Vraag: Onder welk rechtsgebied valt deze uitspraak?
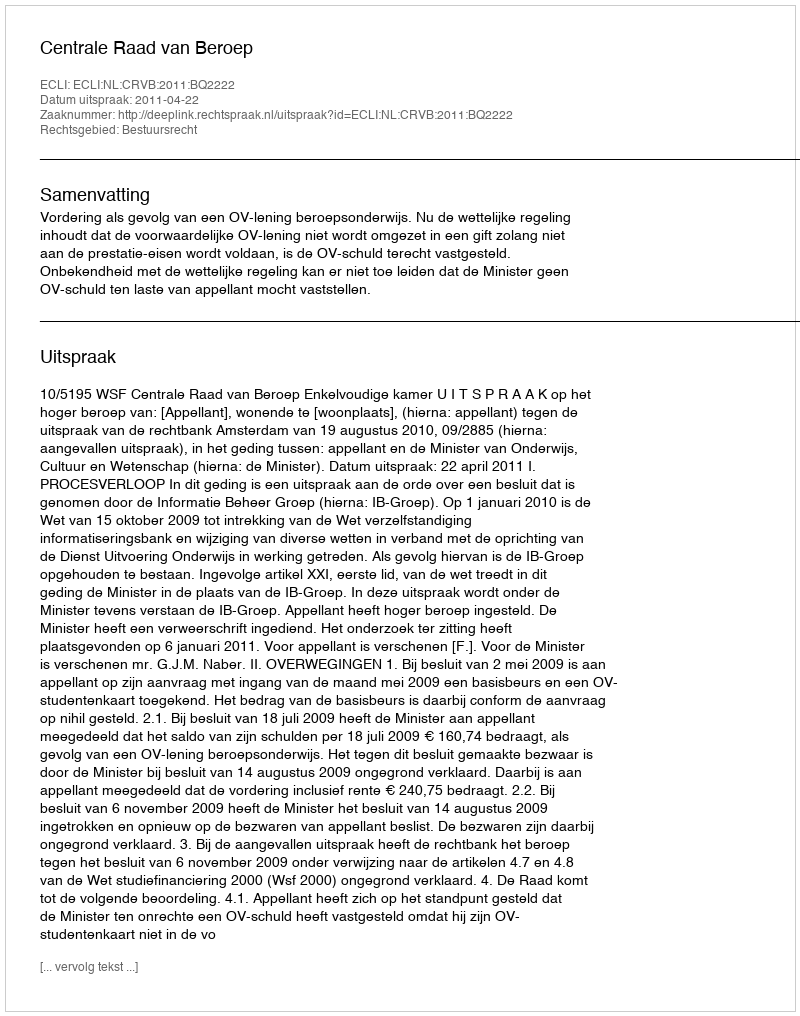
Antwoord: Bestuursrecht